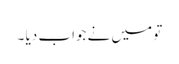
تو میں نے جواب دیا ۔